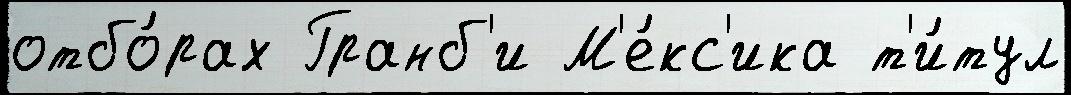
отбо́рах Гранб'и М'е́кс'ика т'и́тул